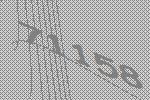
71158